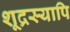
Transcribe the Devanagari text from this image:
शूद्रस्यापि